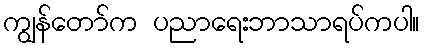
ကျွန်တော်က ပညာရေးဘာသာရပ်ကပါ။